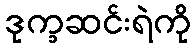
ဒုက္ခဆင်းရဲကို